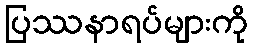
ပြဿနာရပ်များကို